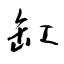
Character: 缸